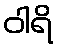
ဝါရိ